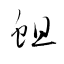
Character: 蛆